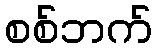
စစ်ဘက်